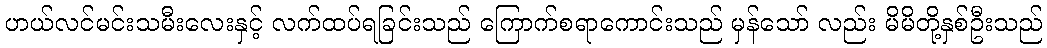
ဟယ်လင်မင်းသမီးလေးနှင့် လက်ထပ်ရခြင်းသည် ကြောက်စရာကောင်းသည် မှန်သော် လည်း မိမိတို့နှစ်ဦးသည်